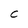
Character: C